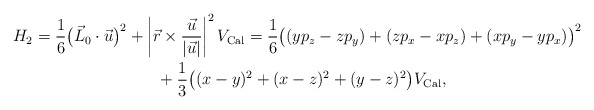
\begin{gather*} H_2 =\frac{1}{6} \big(\vec{L}_0\cdot \vec{u}\big)^2+\left|\vec{r}\times \frac{\vec{u}}{|\vec{u}|}\right|^2V_{\rm Cal}= \frac{1}{6} \big( (yp_z-zp_y)+(zp_x-xp_z)+(xp_y-yp_x)\big)^2\\\hphantom{H_2 =}{}+\frac{1}{3}\big((x-y)^2+(x-z)^2+(y-z)^2\big) V_{\rm Cal} ,\end{gather*}